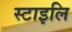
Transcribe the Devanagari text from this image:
स्टाइलि